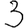
Digit: 3